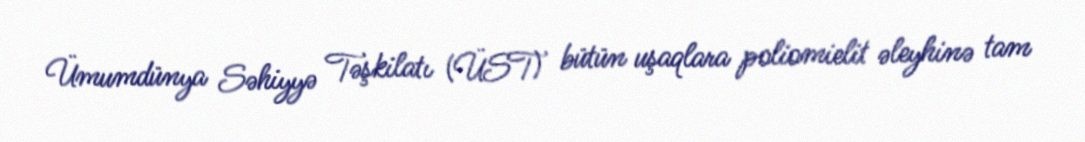
Ümumdünya Səhiyyə Təşkilatı (ÜST) bütün uşaqlara poliomielit əleyhinə tam